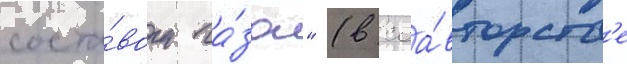
соста́вом га́за" (в соа́вторств'е